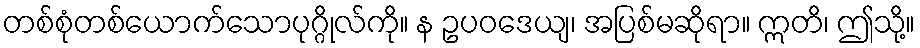
တစ်စုံတစ်ယောက်သောပုဂ္ဂိုလ်ကို။ န ဥပဝဒေယျ၊ အပြစ်မဆိုရာ။ ဣတိ၊ ဤသို့။